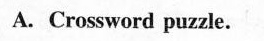
A.Crossword puzzle.